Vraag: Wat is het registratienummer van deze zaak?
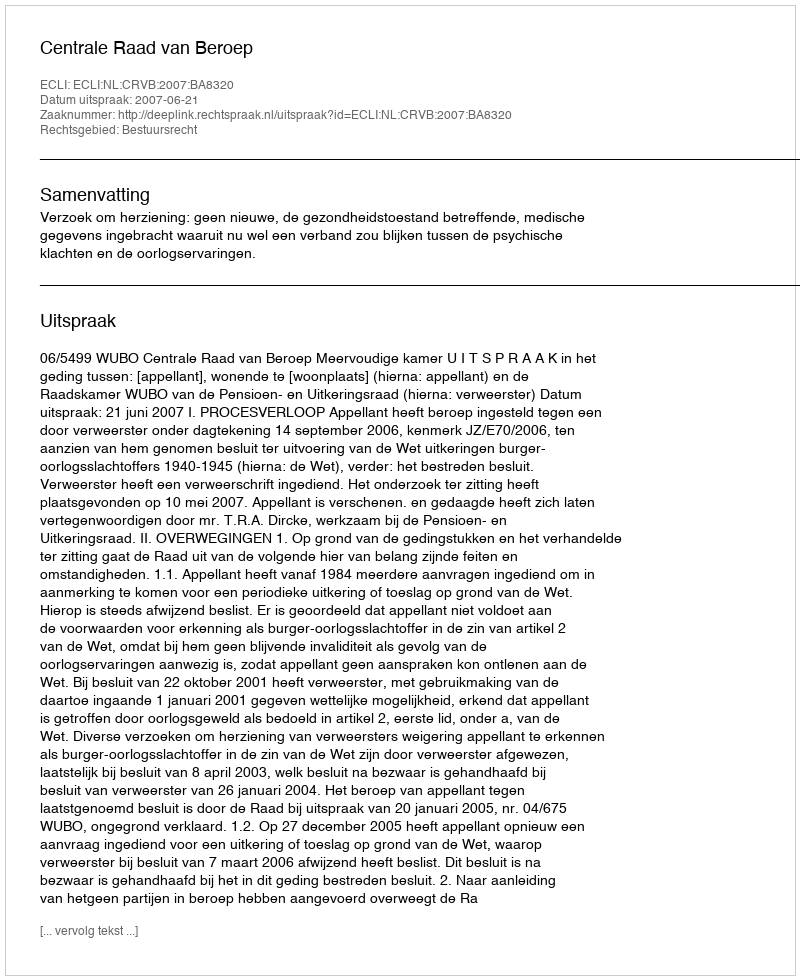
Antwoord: http://deeplink.rechtspraak.nl/uitspraak?id=ECLI:NL:CRVB:2007:BA8320